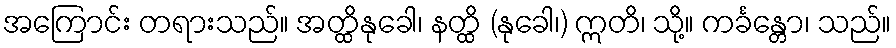
အကြောင်း တရားသည်။ အတ္ထိနုခေါ၊ နတ္ထိ (နုခေါ၊) ဣတိ၊ သို့။ ကင်္ခန္တော၊ သည်။